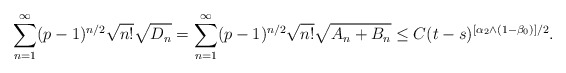
\begin{align*}\sum_{n=1}^\infty (p-1)^{n/2}\sqrt{n!}\sqrt{D_n}=\sum_{n=1}^\infty (p-1)^{n/2}\sqrt{n!} \sqrt{A_n+B_n}\le C (t-s)^{[\alpha_2\wedge (1-\beta_0)]/2}.\end{align*}